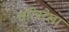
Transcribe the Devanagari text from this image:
चरित्ररेखा